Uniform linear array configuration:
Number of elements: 32
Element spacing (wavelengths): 0.5
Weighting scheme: hann
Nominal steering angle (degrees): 30
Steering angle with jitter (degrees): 30.202
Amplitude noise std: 0.05
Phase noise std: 0.05

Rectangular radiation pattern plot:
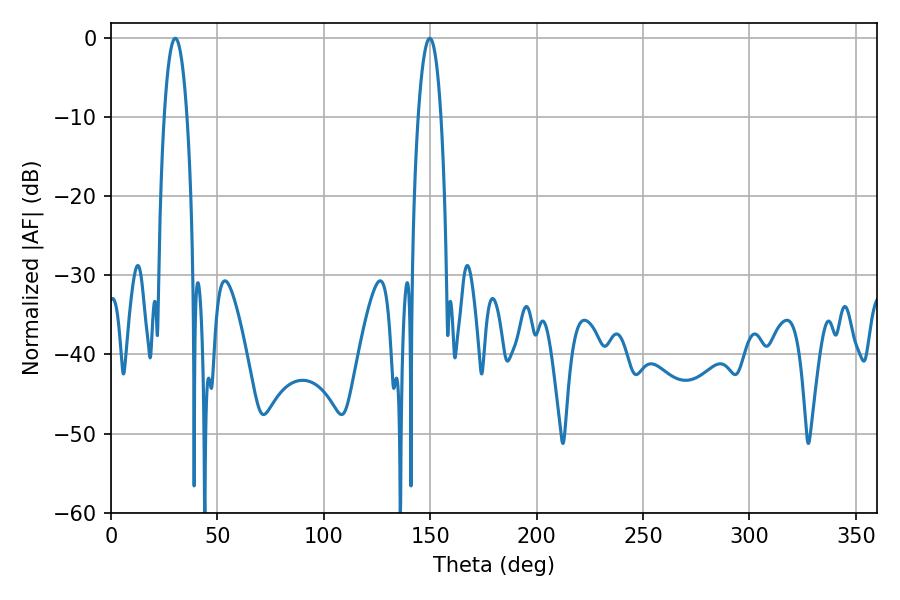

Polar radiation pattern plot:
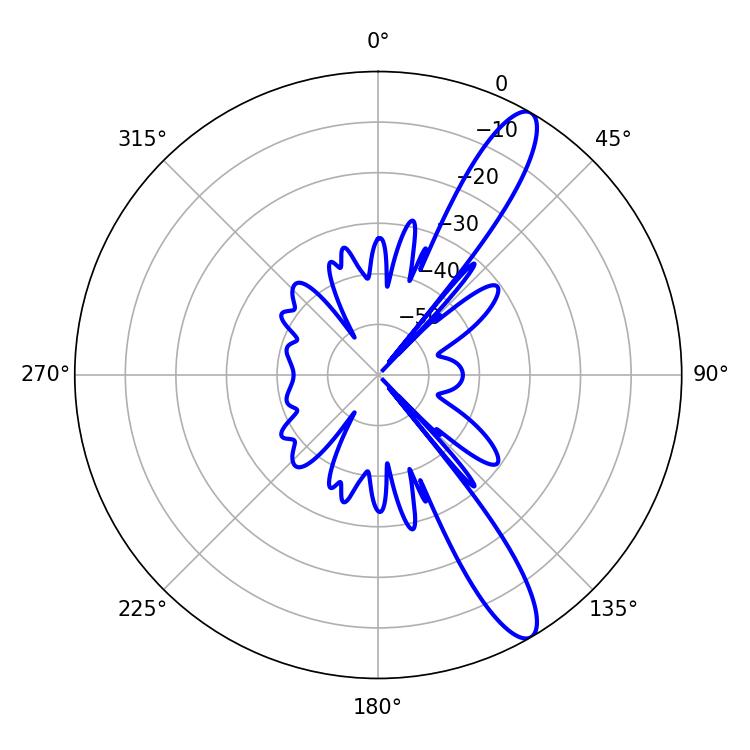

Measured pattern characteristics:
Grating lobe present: FALSE
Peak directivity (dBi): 12.494
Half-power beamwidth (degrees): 5.94
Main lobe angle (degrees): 30.24